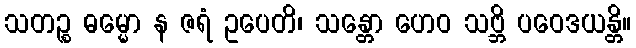
သတဉ္စ ဓမ္မော န ဇရံ ဥပေတိ၊ သန္တော ဟေဝ သဗ္ဘိ ပဝေဒယန္တိ။